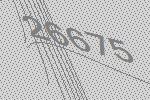
26675